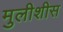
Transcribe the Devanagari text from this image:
मुलीशीस